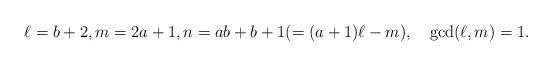
LaTeX: \begin{align*}\ell=b+2,m=2a+1,n=ab+b+1(=(a+1)\ell-m),\quad\gcd(\ell,m)=1.\end{align*}